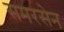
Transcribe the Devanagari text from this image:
समरसेन